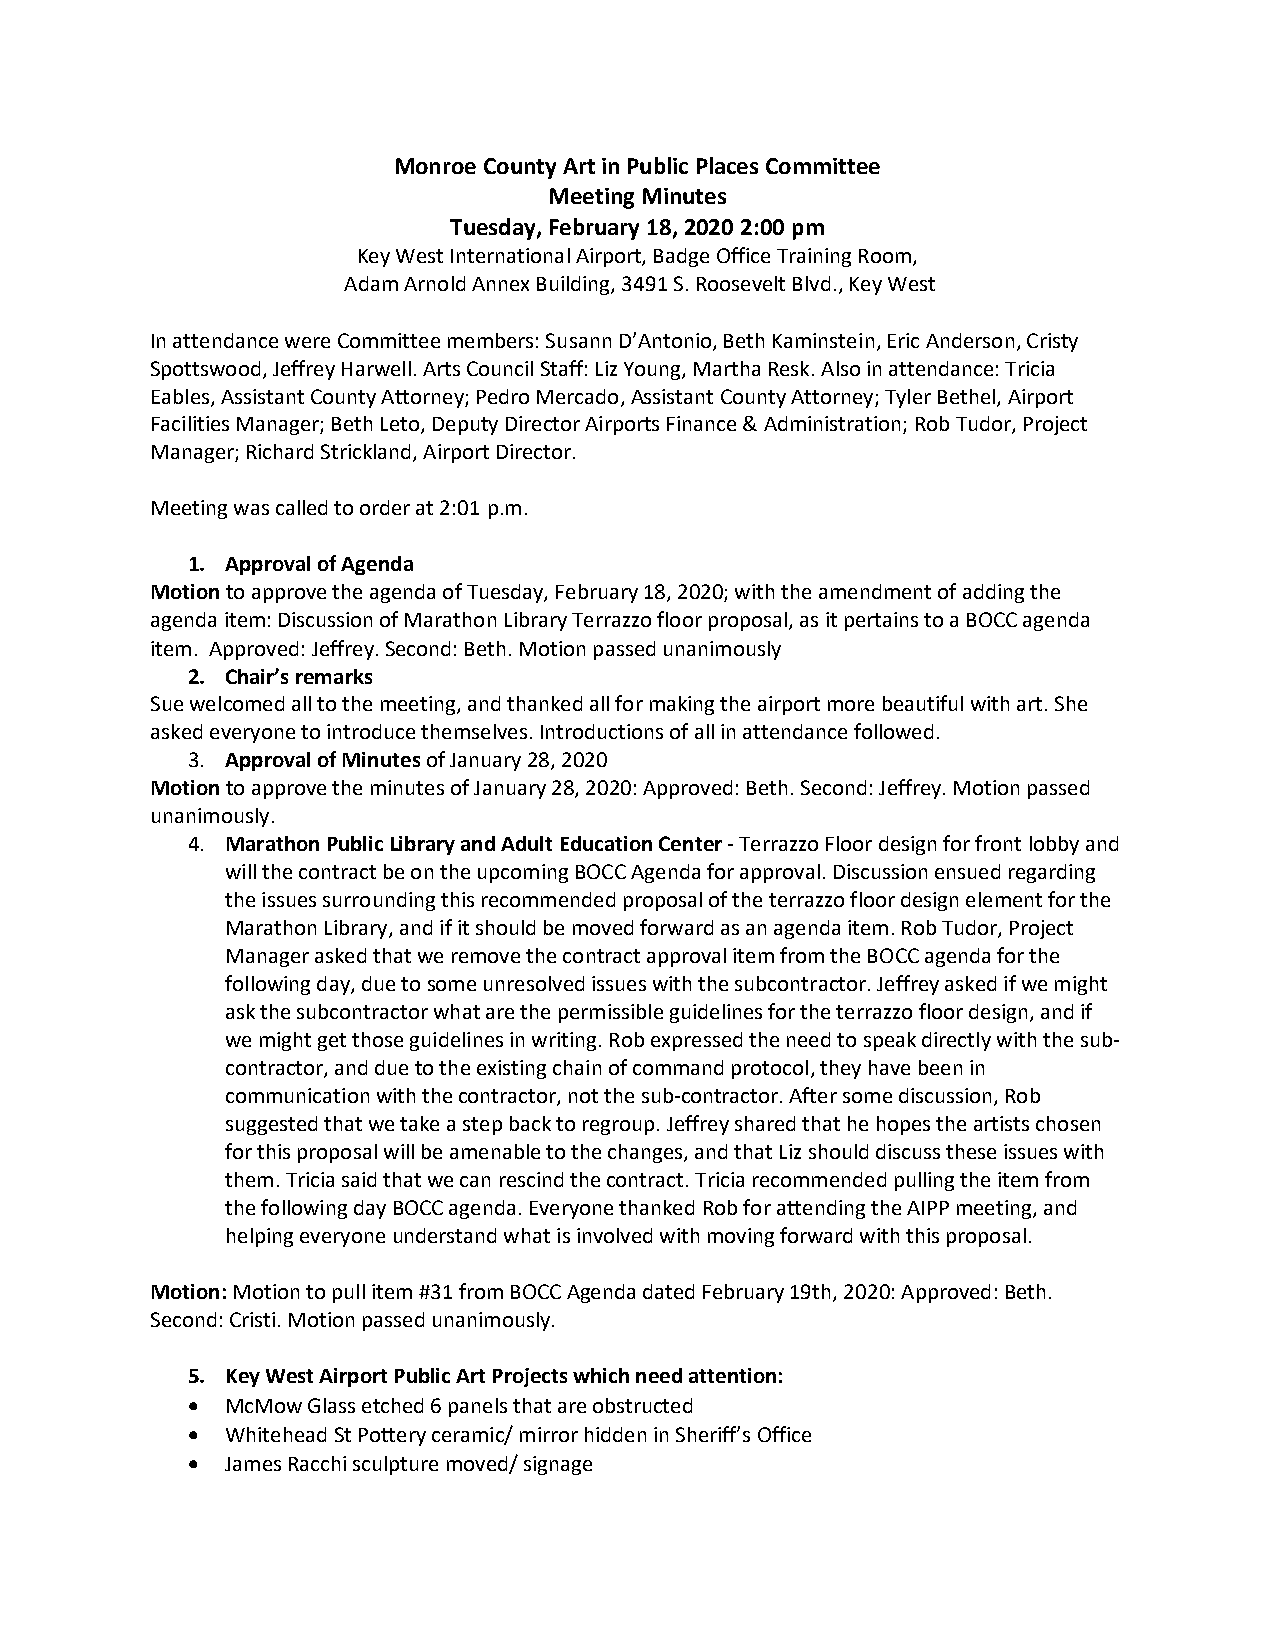
Monroe County Art in Public Places Committee
 Meeting Minutes
 Tuesday, February 18, 2020 2:00 pm
 Key West International Airport, Badge Office Training Room,
 Adam Arnold Annex Building, 3491 S. Roosevelt Blvd., Key West
 In attendance were Committee members: Susann D’Antonio, Beth Kaminstein, Eric Anderson, Cristy
 Spottswood, Jeffrey Harwell. Arts Council Staff: Liz Young, Martha Resk. Also in attendance: Tricia
 Eables, Assistant County Attorney; Pedro Mercado, Assistant County Attorney; Tyler Bethel, Airport
 Facilities Manager; Beth Leto, Deputy Director Airports Finance & Administration; Rob Tudor, Project
 Manager; Richard Strickland, Airport Director.
 Meeting was called to order at 2:01 p.m.
 1. Approval of Agenda
 Motion to approve the agenda of Tuesday, February 18, 2020; with the amendment of adding the
 agenda item: Discussion of Marathon Library Terrazzo floor proposal, as it pertains to a BOCC agenda
 item. Approved: Jeffrey. Second: Beth. Motion passed unanimously
 2. Chair’s remarks
 Sue welcomed all to the meeting, and thanked all for making the airport more beautiful with art. She
 asked everyone to introduce themselves. Introductions of all in attendance followed.
 3. Approval of Minutes of January 28, 2020
 Motion to approve the minutes of January 28, 2020: Approved: Beth. Second: Jeffrey. Motion passed
 unanimously.
 4. Marathon Public Library and Adult Education Center - Terrazzo Floor design for front lobby and
 will the contract be on the upcoming BOCC Agenda for approval. Discussion ensued regarding
 the issues surrounding this recommended proposal of the terrazzo floor design element for the
 Marathon Library, and if it should be moved forward as an agenda item. Rob Tudor, Project
 Manager asked that we remove the contract approval item from the BOCC agenda for the
 following day, due to some unresolved issues with the subcontractor. Jeffrey asked if we might
 ask the subcontractor what are the permissible guidelines for the terrazzo floor design, and if
 we might get those guidelines in writing. Rob expressed the need to speak directly with the sub-
 contractor, and due to the existing chain of command protocol, they have been in
 communication with the contractor, not the sub-contractor. After some discussion, Rob
 suggested that we take a step back to regroup. Jeffrey shared that he hopes the artists chosen
 for this proposal will be amenable to the changes, and that Liz should discuss these issues with
 them. Tricia said that we can rescind the contract. Tricia recommended pulling the item from
 the following day BOCC agenda. Everyone thanked Rob for attending the AIPP meeting, and
 helping everyone understand what is involved with moving forward with this proposal.
 Motion: Motion to pull item #31 from BOCC Agenda dated February 19th, 2020: Approved: Beth.
 Second: Cristi. Motion passed unanimously.
 5. Key West Airport Public Art Projects which need attention:
 •  McMow Glass etched 6 panels that are obstructed
 •  Whitehead St Pottery ceramic/ mirror hidden in Sheriff’s Office
 •  James Racchi sculpture moved/ signage